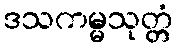
ဒသကမ္မသုတ္တံ